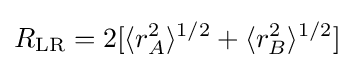
R_{\mathrm {LR} }=2[\langle r_{A}^{2}\rangle ^{1/2}+\langle r_{B}^{2}\rangle ^{1/2}]